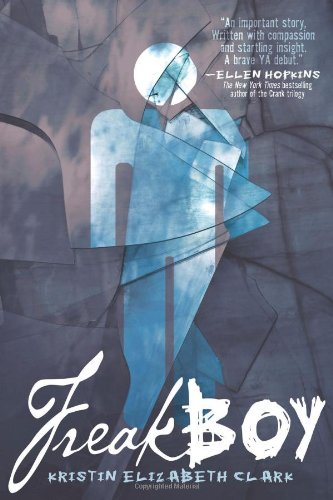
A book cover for Freakboy; Kristin Elizabeth Clark; Teen & Young Adult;